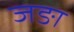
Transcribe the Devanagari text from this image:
जङा